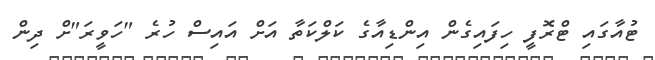
ޓުއާގައި ޓްރޮފީ ހިފައިގެން އިންޑިއާގެ ކަލްކަތާ އަށް އައިސް ހުރެ "ހަވީރަ"ށް ދިން